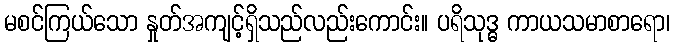
မစင်ကြယ်သော နှုတ်အကျင့်ရှိသည်လည်းကောင်း။ ပရိသုဒ္ဓ ကာယသမာစာရော၊